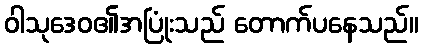
ဝါသုဒေဝ၏အပြုံးသည် တောက်ပနေသည်။